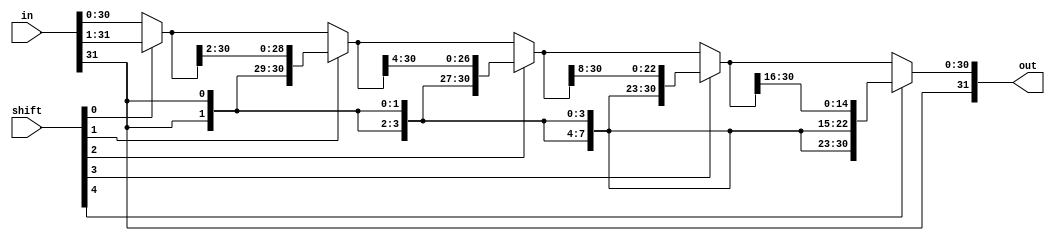
module x_rshift(in, shift, out);
	input [31:0] in;
	input [4:0] shift;
	output [31:0] out;
	
	wire [31:0] w0, w1, w2, w3, w4;
	wire [31:0] result0, result1, result2, result3;
	
	assign w0[30:0] = in[31:1];
	assign w0[31] = in[31];
	assign result0 = shift[0] ? w0 : in;
	
	assign w1[29:0] = result0[31:2];
	assign w1[30] = result0[31];
	assign w1[31] = result0[31];
	assign result1 = shift[1] ? w1 : result0;
	
	assign w2[27:0] = result1[31:4];
	assign w2[28] = result1[31];
	assign w2[29] = result1[31];
	assign w2[30] = result1[31];
	assign w2[31] = result1[31];
	assign result2 = shift[2] ? w2 : result1;
	
	assign w3[23:0] = result2[31:8];
	assign w3[24] = result2[31];
	assign w3[25] = result2[31];
	assign w3[26] = result2[31];
	assign w3[27] = result2[31];
	assign w3[28] = result2[31];
	assign w3[29] = result2[31];
	assign w3[30] = result2[31];
	assign w3[31] = result2[31];
	assign result3 = shift[3] ? w3 : result2;
	
	assign w4[15:0] = result3[31:16];
	assign w4[16] = result3[31];
	assign w4[17] = result3[31];
	assign w4[18] = result3[31];
	assign w4[19] = result3[31];
	assign w4[20] = result3[31];
	assign w4[21] = result3[31];
	assign w4[22] = result3[31];
	assign w4[23] = result3[31];
	assign w4[24] = result3[31];
	assign w4[25] = result3[31];
	assign w4[26] = result3[31];
	assign w4[27] = result3[31];
	assign w4[28] = result3[31];
	assign w4[29] = result3[31];
	assign w4[30] = result3[31];
	assign w4[31] = result3[31];
	assign out = shift[4] ? w4 : result3;
	
endmodule